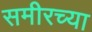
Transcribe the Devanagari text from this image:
समीरच्या